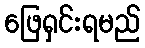
ဖြေရှင်းရမည်